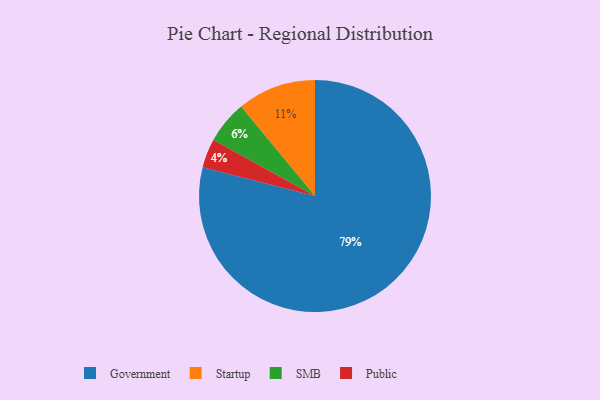
{"axis": {"x": "Category", "y": "Percentage"}, "legend": ["Government", "Public", "SMB", "Startup"], "data": [{"x": "SMB", "y": 6, "type": "SMB"}, {"x": "Public", "y": 4, "type": "Public"}, {"x": "Government", "y": 79, "type": "Government"}, {"x": "Startup", "y": 11, "type": "Startup"}]}